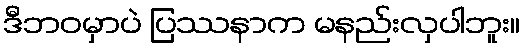
ဒီဘဝမှာပဲ ပြဿနာက မနည်းလှပါဘူး။